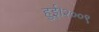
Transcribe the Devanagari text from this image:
हुई।२००९